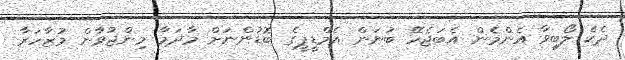
ދެކެ ލޯބިވާ އެންމެން އެބަޖެހޭ ބުނަން އެމްޑީޕީގެ ބޮޑުންނަށް މާދަމާ މިންޖުވާން މުޒާހަރާ